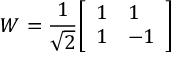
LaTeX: W = { \frac { 1 } { \sqrt { 2 } } } { \left[ \begin{array} { l l } { 1 } & { 1 } \\ { 1 } & { - 1 } \end{array} \right] }